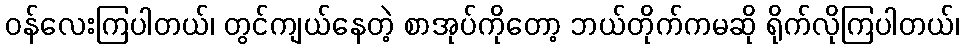
ဝန်လေးကြပါတယ်၊ တွင်ကျယ်နေတဲ့ စာအုပ်ကိုတော့ ဘယ်တိုက်ကမဆို ရိုက်လိုကြပါတယ်၊